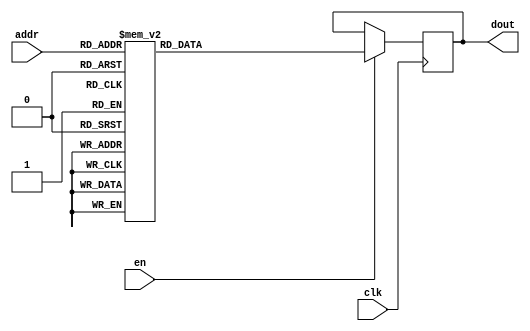
`timescale 1ns / 1ps
/*
Copyright
All right reserved.
Module Name: rom_syn
Author  : Zichuan Liu, Yixing Li and Wenye Liu.
Description:
A synthesized ROM: ROM_DEP x ROM_WID
*/
module EC_3_REF_SIGN_ROM_2(
// inputs
clk,
en,
addr,
// outputs
dout
);
localparam ROM_WID = 1;
localparam ROM_DEP = 128;
localparam ROM_ADDR = 7;
// input definition
input clk;
input en;
input [ROM_ADDR-1:0] addr;
// output definition
output [ROM_WID-1:0] dout;
reg [ROM_WID-1:0] data;
always @(posedge clk)
begin
if (en) begin
case(addr)
		7'd0: data <= 1'b1;
		7'd1: data <= 1'b1;
		7'd2: data <= 1'b1;
		7'd3: data <= 1'b1;
		7'd4: data <= 1'b1;
		7'd5: data <= 1'b1;
		7'd6: data <= 1'b1;
		7'd7: data <= 1'b1;
		7'd8: data <= 1'b1;
		7'd9: data <= 1'b1;
		7'd10: data <= 1'b1;
		7'd11: data <= 1'b1;
		7'd12: data <= 1'b1;
		7'd13: data <= 1'b1;
		7'd14: data <= 1'b1;
		7'd15: data <= 1'b1;
		7'd16: data <= 1'b1;
		7'd17: data <= 1'b1;
		7'd18: data <= 1'b1;
		7'd19: data <= 1'b1;
		7'd20: data <= 1'b1;
		7'd21: data <= 1'b1;
		7'd22: data <= 1'b1;
		7'd23: data <= 1'b1;
		7'd24: data <= 1'b1;
		7'd25: data <= 1'b1;
		7'd26: data <= 1'b1;
		7'd27: data <= 1'b1;
		7'd28: data <= 1'b1;
		7'd29: data <= 1'b1;
		7'd30: data <= 1'b1;
		7'd31: data <= 1'b1;
		7'd32: data <= 1'b1;
		7'd33: data <= 1'b1;
		7'd34: data <= 1'b0;
		7'd35: data <= 1'b1;
		7'd36: data <= 1'b1;
		7'd37: data <= 1'b1;
		7'd38: data <= 1'b1;
		7'd39: data <= 1'b1;
		7'd40: data <= 1'b1;
		7'd41: data <= 1'b1;
		7'd42: data <= 1'b1;
		7'd43: data <= 1'b1;
		7'd44: data <= 1'b1;
		7'd45: data <= 1'b1;
		7'd46: data <= 1'b1;
		7'd47: data <= 1'b1;
		7'd48: data <= 1'b1;
		7'd49: data <= 1'b1;
		7'd50: data <= 1'b1;
		7'd51: data <= 1'b1;
		7'd52: data <= 1'b1;
		7'd53: data <= 1'b1;
		7'd54: data <= 1'b1;
		7'd55: data <= 1'b0;
		7'd56: data <= 1'b1;
		7'd57: data <= 1'b1;
		7'd58: data <= 1'b1;
		7'd59: data <= 1'b1;
		7'd60: data <= 1'b1;
		7'd61: data <= 1'b1;
		7'd62: data <= 1'b1;
		7'd63: data <= 1'b1;
		7'd64: data <= 1'b1;
		7'd65: data <= 1'b1;
		7'd66: data <= 1'b1;
		7'd67: data <= 1'b1;
		7'd68: data <= 1'b1;
		7'd69: data <= 1'b1;
		7'd70: data <= 1'b1;
		7'd71: data <= 1'b1;
		7'd72: data <= 1'b1;
		7'd73: data <= 1'b1;
		7'd74: data <= 1'b1;
		7'd75: data <= 1'b1;
		7'd76: data <= 1'b1;
		7'd77: data <= 1'b1;
		7'd78: data <= 1'b1;
		7'd79: data <= 1'b1;
		7'd80: data <= 1'b1;
		7'd81: data <= 1'b1;
		7'd82: data <= 1'b1;
		7'd83: data <= 1'b1;
		7'd84: data <= 1'b1;
		7'd85: data <= 1'b1;
		7'd86: data <= 1'b1;
		7'd87: data <= 1'b1;
		7'd88: data <= 1'b1;
		7'd89: data <= 1'b1;
		7'd90: data <= 1'b1;
		7'd91: data <= 1'b1;
		7'd92: data <= 1'b1;
		7'd93: data <= 1'b1;
		7'd94: data <= 1'b1;
		7'd95: data <= 1'b1;
		7'd96: data <= 1'b1;
		7'd97: data <= 1'b0;
		7'd98: data <= 1'b1;
		7'd99: data <= 1'b1;
		7'd100: data <= 1'b1;
		7'd101: data <= 1'b1;
		7'd102: data <= 1'b1;
		7'd103: data <= 1'b1;
		7'd104: data <= 1'b1;
		7'd105: data <= 1'b1;
		7'd106: data <= 1'b1;
		7'd107: data <= 1'b1;
		7'd108: data <= 1'b1;
		7'd109: data <= 1'b1;
		7'd110: data <= 1'b1;
		7'd111: data <= 1'b1;
		7'd112: data <= 1'b1;
		7'd113: data <= 1'b1;
		7'd114: data <= 1'b1;
		7'd115: data <= 1'b1;
		7'd116: data <= 1'b1;
		7'd117: data <= 1'b1;
		7'd118: data <= 1'b1;
		7'd119: data <= 1'b1;
		7'd120: data <= 1'b1;
		7'd121: data <= 1'b1;
		7'd122: data <= 1'b1;
		7'd123: data <= 1'b1;
		7'd124: data <= 1'b1;
		7'd125: data <= 1'b1;
		7'd126: data <= 1'b1;
		7'd127: data <= 1'b1;
		endcase
		end
	end
	assign dout = data;
endmodule